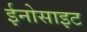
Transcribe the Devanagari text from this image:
ईनोसाइट